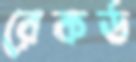
রেকর্ড